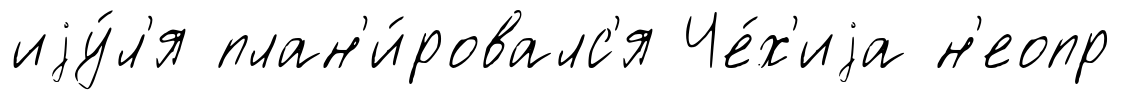
иjу́л'я план'и́ровалс'я Че́х'иjа н'еопр